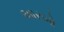
આરબો